Lunatic asylums Punjab 1911-1921 - 1911-1921
Year: 1911
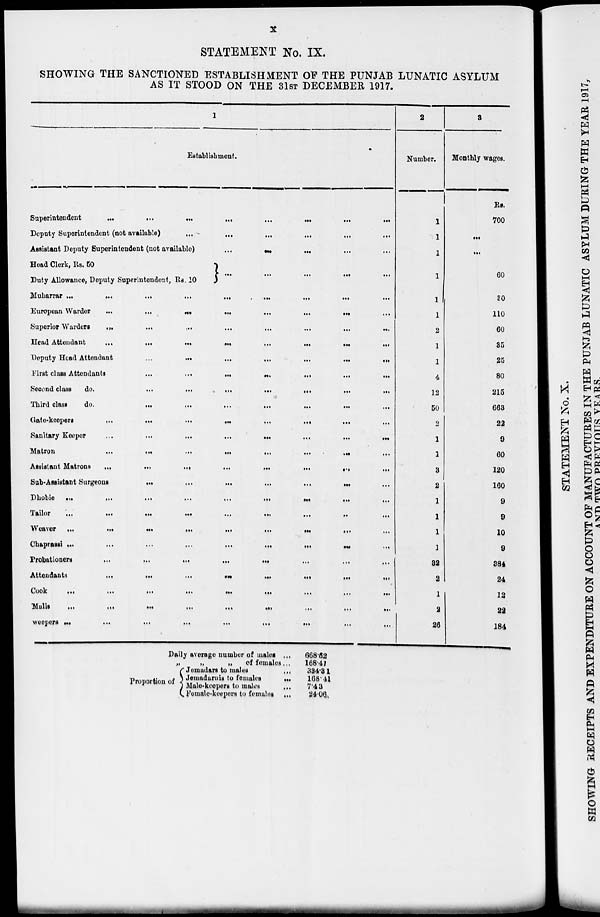
x
STATEMENT No. IX.
SHOWING THE SANCTIONED ESTABLISHMENT OF THE PUNJAB LUNATIC ASYLUM
AS IT STOOD ON THE 31ST DECEMBER 1917.
1
Establishment.
Superintendent
...
...
...
...
...
...
...
...
Deputy Superintendent (not available)
...
...
...
...
...
...
...
...
Assistant Deputy Superintendent (not available) ... ... ... ... ... ... ... ...
Head Clerk, Rs. 50
Duty Allowance, Deputy Superintendent, Rs. 10
... ... ... ... ...
Muharrar
...
...
...
...
...
...
...
...
European Warder
...
...
...
...
...
...
...
...
Superior Warders
...
...
...
...
...
...
...
...
Head Attendant
...
...
...
...
...
...
...
...
Deputy Head Attendant
...
...
...
...
...
...
...
...
First class Attendants
...
...
...
...
...
...
...
...
Second class
do.
...
...
...
...
...
...
...
...
Third class
do.
...
...
...
...
...
...
...
...
Gate-keepers
...
...
...
...
...
...
...
...
Sanitary Keeper
...
...
...
...
...
...
...
...
Matron
...
...
...
...
...
...
...
...
Assistant Matrons
...
...
...
...
...
...
...
...
Sub-Assistant Surgeons
...
...
...
...
...
...
...
...
Dhobie
...
...
...
...
...
...
...
...
Tailor
...
...
...
...
...
...
...
...
Weaver
...
...
...
...
...
...
...
...
Chaprassi
...
...
...
...
...
...
...
...
Probationers
...
...
...
...
...
...
...
...
Attendants
...
...
...
...
...
...
...
...
Cook
...
...
...
...
...
...
...
...
Malis ... ... ... ... ... ... ... ...
weepers
...
...
...
...
...
...
...
...
Daily average number of males ...
„
„
„
of females ...
Proportion of
Jemadars to males
...
Jemadarnis to females
...
Male-keepers to males ...
Female-keepers to females ...
668.62
168.41
384.31
168.41
7.43
24.06.
2
Number.
1
1
1
1
1
1
2
1
1
4
12
50
2
1
1
3
2
1
1
1
1
32
2
1
2
26
3
Monthly wages.
Rs.
700
...
...
60
30
110
60
35
25
80
215
663
22
9
60
120
160
9
9
10
9
384
24
12
22
184